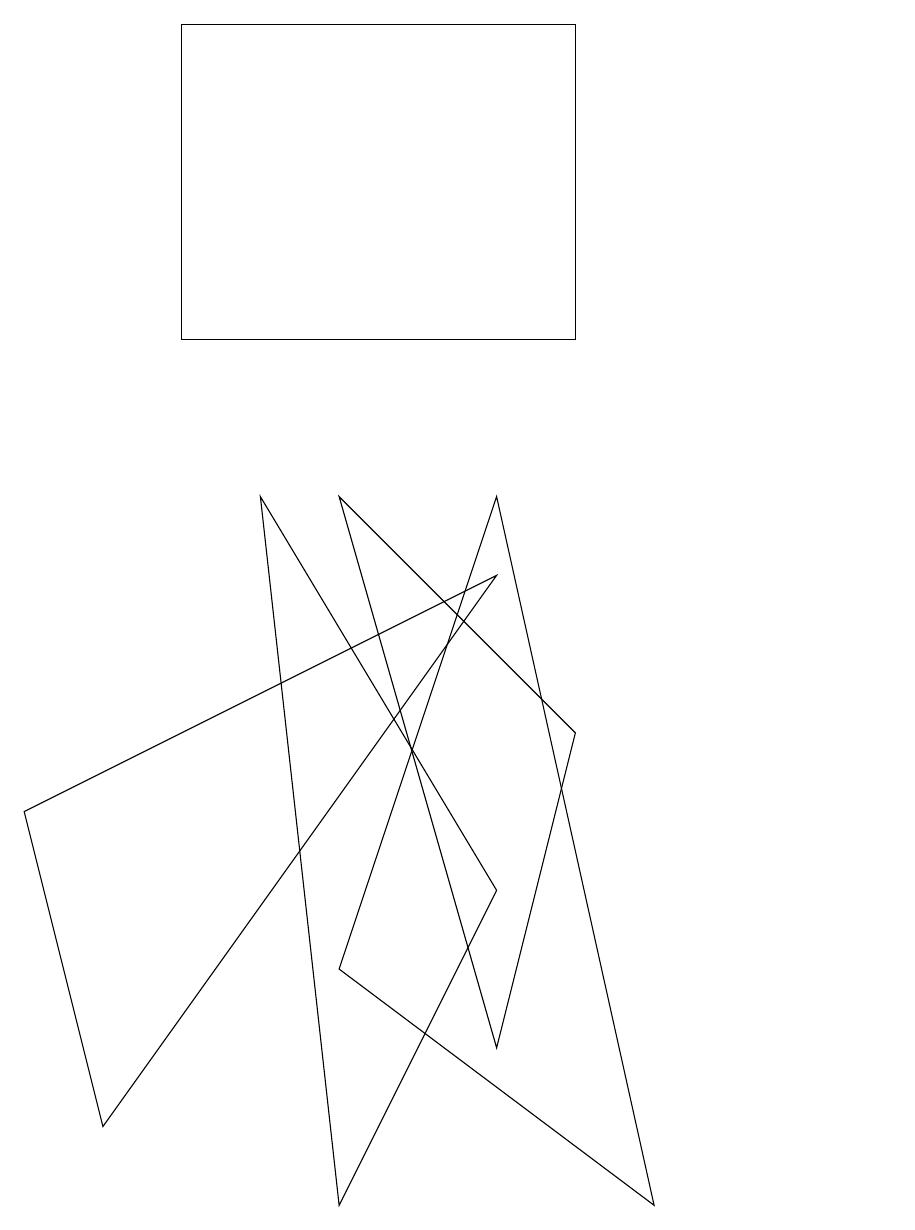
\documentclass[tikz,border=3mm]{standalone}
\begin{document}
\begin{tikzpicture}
\draw (2,11) rectangle (7,15);
\draw (6,8) -- (1,1) -- (0,5) -- cycle;
\draw (11,10) circle (0);
\draw (4,9) -- (6,2) -- (7,6) -- cycle;
\draw (6,4) -- (3,9) -- (4,0) -- cycle;
\draw (11,11) circle (0);
\draw (8,0) -- (4,3) -- (6,9) -- cycle;
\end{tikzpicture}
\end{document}